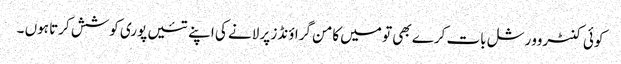
کوئی کنٹروورشل بات کرے بھی تو میں کامن گراؤنڈز پر لانے کی اپنے تئیں پوری کوشش کرتا ہوں ۔